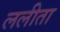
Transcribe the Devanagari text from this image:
ललीता